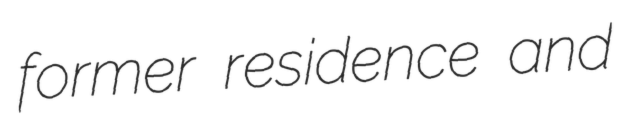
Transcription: former residence and